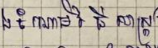
ចំណោមវិធីសាស្ត្រ